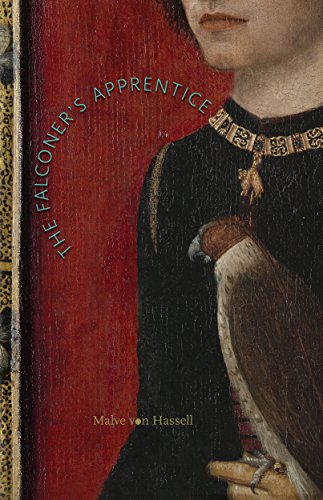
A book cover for The Falconer's Apprentice; Malve von Hassell; Teen & Young Adult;